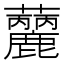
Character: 𧅳